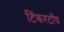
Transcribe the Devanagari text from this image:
टिंकरटॉय